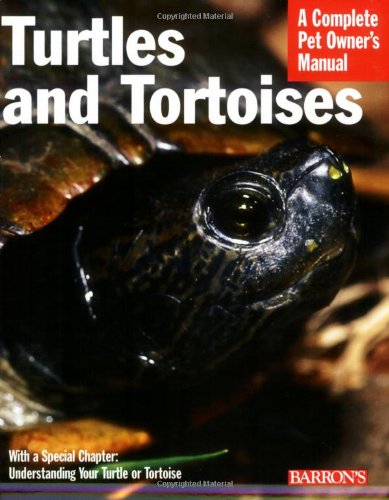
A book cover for Turtles and Tortoises (Complete Pet Owner's Manual); R.D. Bartlett; Crafts, Hobbies & Home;